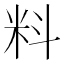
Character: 料